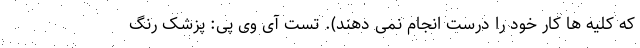
که کلیه ها کار خود را درست انجام نمی دهند). تست آی وی پی: پزشک رنگ